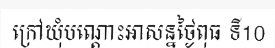
ក្រៅឃុំបណ្តោះអាសន្នថ្ងៃពុធ ទី10